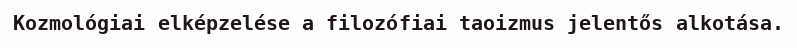
Kozmológiai elképzelése a filozófiai taoizmus jelentős alkotása.